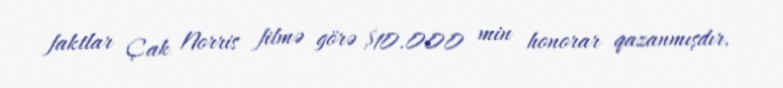
faktlar Çak Norris filmə görə $10.000 min honorar qazanmışdır.